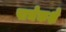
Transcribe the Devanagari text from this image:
पाचेकशे